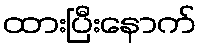
ထားပြီးနောက်